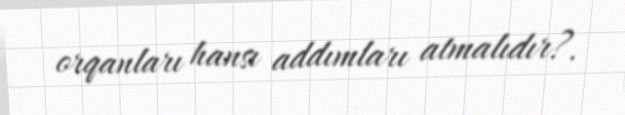
orqanları hansı addımları atmalıdır?.